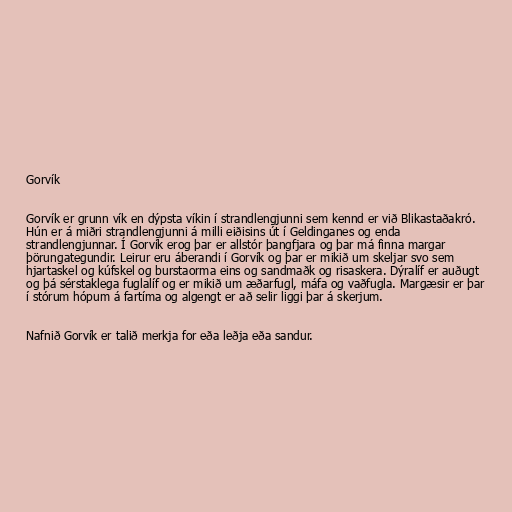
Gorvík

Gorvík er grunn vík en dýpsta víkin í strandlengjunni sem kennd er við Blikastaðakró.
Hún er á miðri strandlengjunni á milli eiðisins út í Geldinganes og enda
strandlengjunnar. Í Gorvík erog þar er allstór þangfjara og þar má finna margar
þörungategundir. Leirur eru áberandi í Gorvík og þar er mikið um skeljar svo sem
hjartaskel og kúfskel og burstaorma eins og sandmaðk og risaskera. Dýralíf er auðugt
og þá sérstaklega fuglalíf og er mikið um æðarfugl, máfa og vaðfugla. Margæsir er þar
í stórum hópum á fartíma og algengt er að selir liggi þar á skerjum.

Nafnið Gorvík er talið merkja for eða leðja eða sandur.